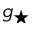
g _ { \star }